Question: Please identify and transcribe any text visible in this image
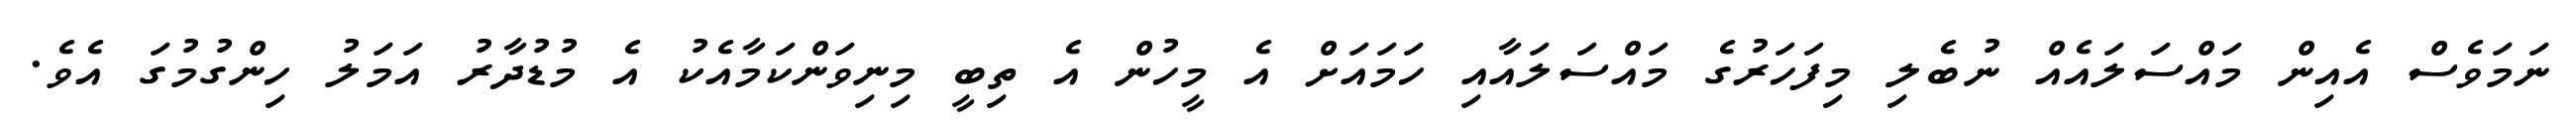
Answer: ނަމަވެސް އެއިން މައްސަލައެއް ނުބެލި މިފަހަރުގެ މައްސަލައާއި ހަމައަށް އެ މީހުން އެ ތިބީ މިނިވަންކަމާއެކު އެ މުޑުދާރު އަމަލު ހިންގުމުގަ އެވެ.